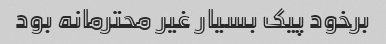
برخود پیک بسیار غیر محترمانه بود